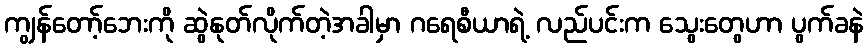
ကျွန်တော့်ဘေးကို ဆွဲနုတ်လိုက်တဲ့အခါမှာ ဂရေစီယာရဲ့ လည်ပင်းက သွေးတွေဟာ ပွက်ခနဲ